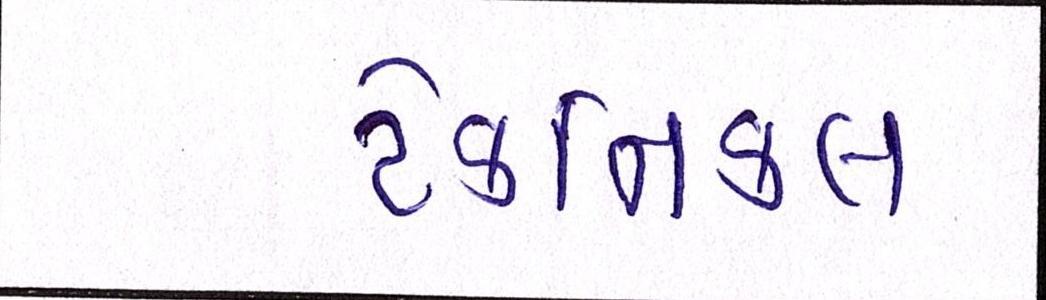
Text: ટેકનિકલ